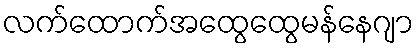
လက်ထောက်အထွေထွေမန်နေဂျာ